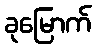
ခုမြောက်